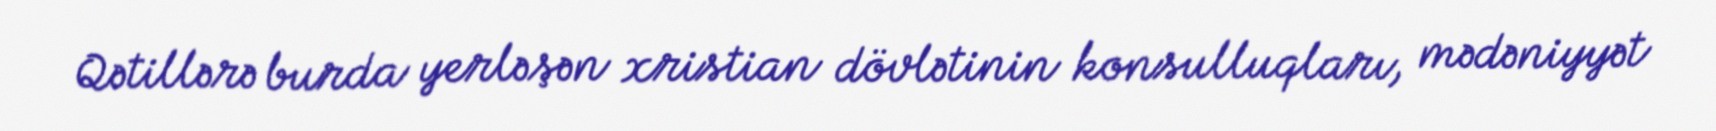
Qətillərə burda yerləşən xristian dövlətinin konsulluqları, mədəniyyət